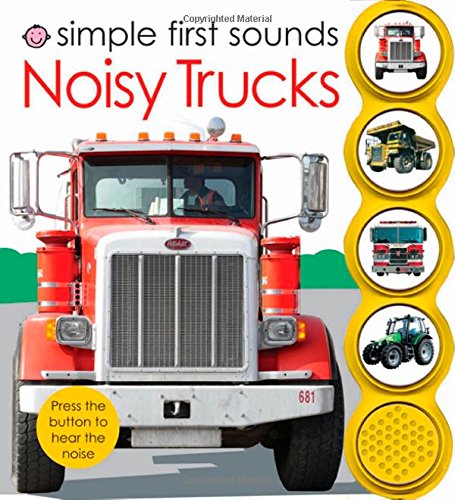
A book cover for Simple First Sounds Noisy Trucks; Roger Priddy; Children's Books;